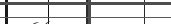
٥